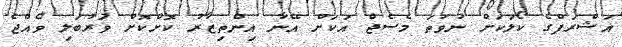
އަޝްރަފްގެ ކޯލަކަށް ނުވަތަ މެސެޖް އަކަށް އޭނާ އިންތިޒާރު ކޮށްކޮށް ވަރުބަލި ވެއްޖެ